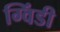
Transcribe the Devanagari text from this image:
ग्विंडी